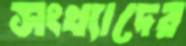
সংখ্যাদের